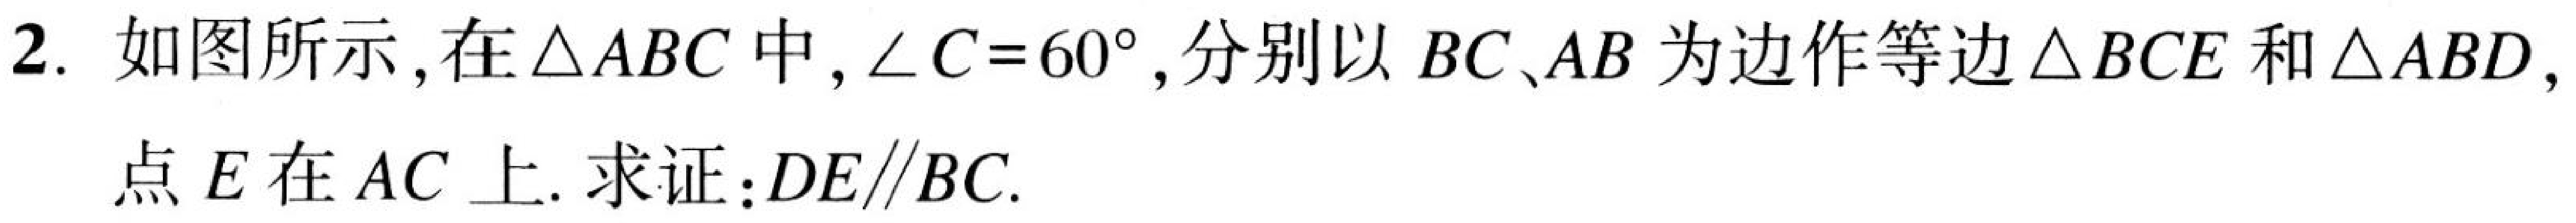
2. 如图所示,在\(\triangle ABC\)中,\(\angle C = 60^{\circ}\),分别以\(BC、AB\)为边作等边\(\triangle BCE\)和\(\triangle ABD\),点\(E\)在\(AC\)上. 求证：\(DE\parallel BC\).